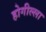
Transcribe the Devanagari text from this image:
होगील्ला